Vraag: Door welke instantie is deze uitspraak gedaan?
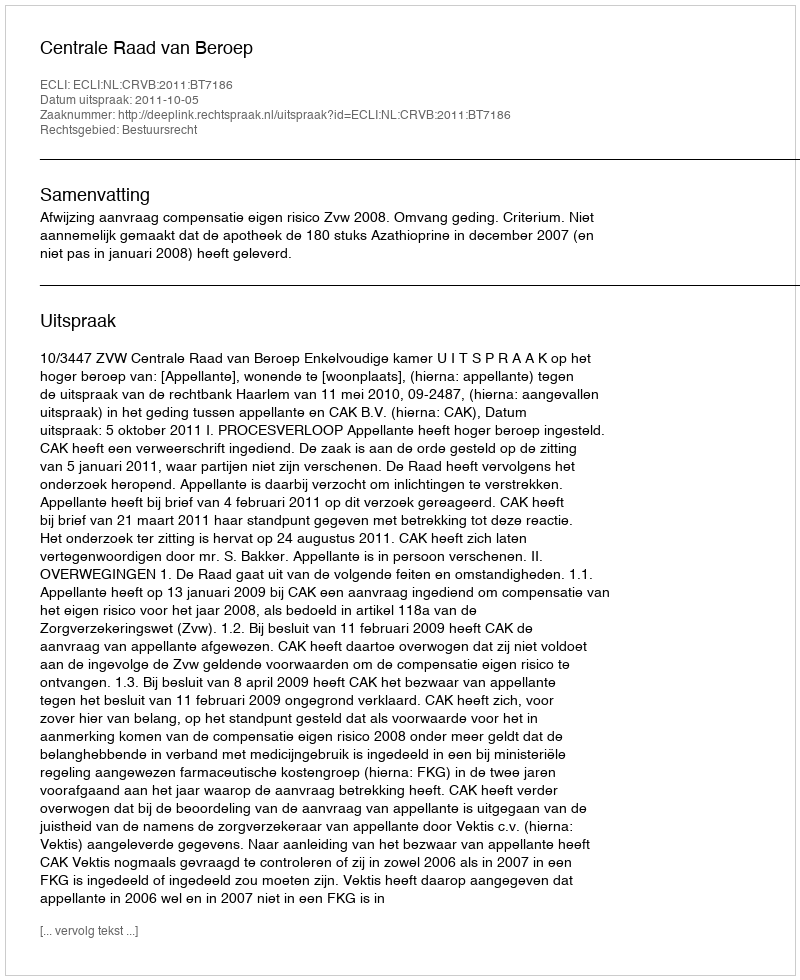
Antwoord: Centrale Raad van Beroep